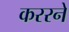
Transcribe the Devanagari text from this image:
कररने